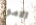
الامور